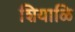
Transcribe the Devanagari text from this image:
शियाळि